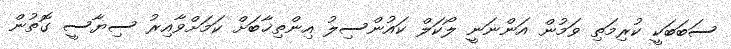
ސަބަބަކީ ކުރިމަތި ވަމުން އަންނަނީ ލޯކަލް ކައުންސިލު އިންތިޚާބަށް ކަމަށްވާއިރު ސިޔާސީ ގޮތުން